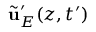
\tilde { \mathbf { u } } _ { E } ^ { \prime } ( z , t ^ { \prime } )